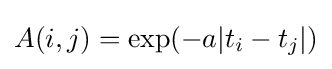
A(i,j)=\exp(-a\vert t_{i}-t_{j}\vert )